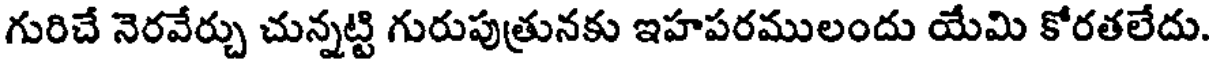
గురిచే నెరవేర్చు చున్నట్టి గురుపుత్రునకు ఇహపరములందు యేమి కోరతలేదు.